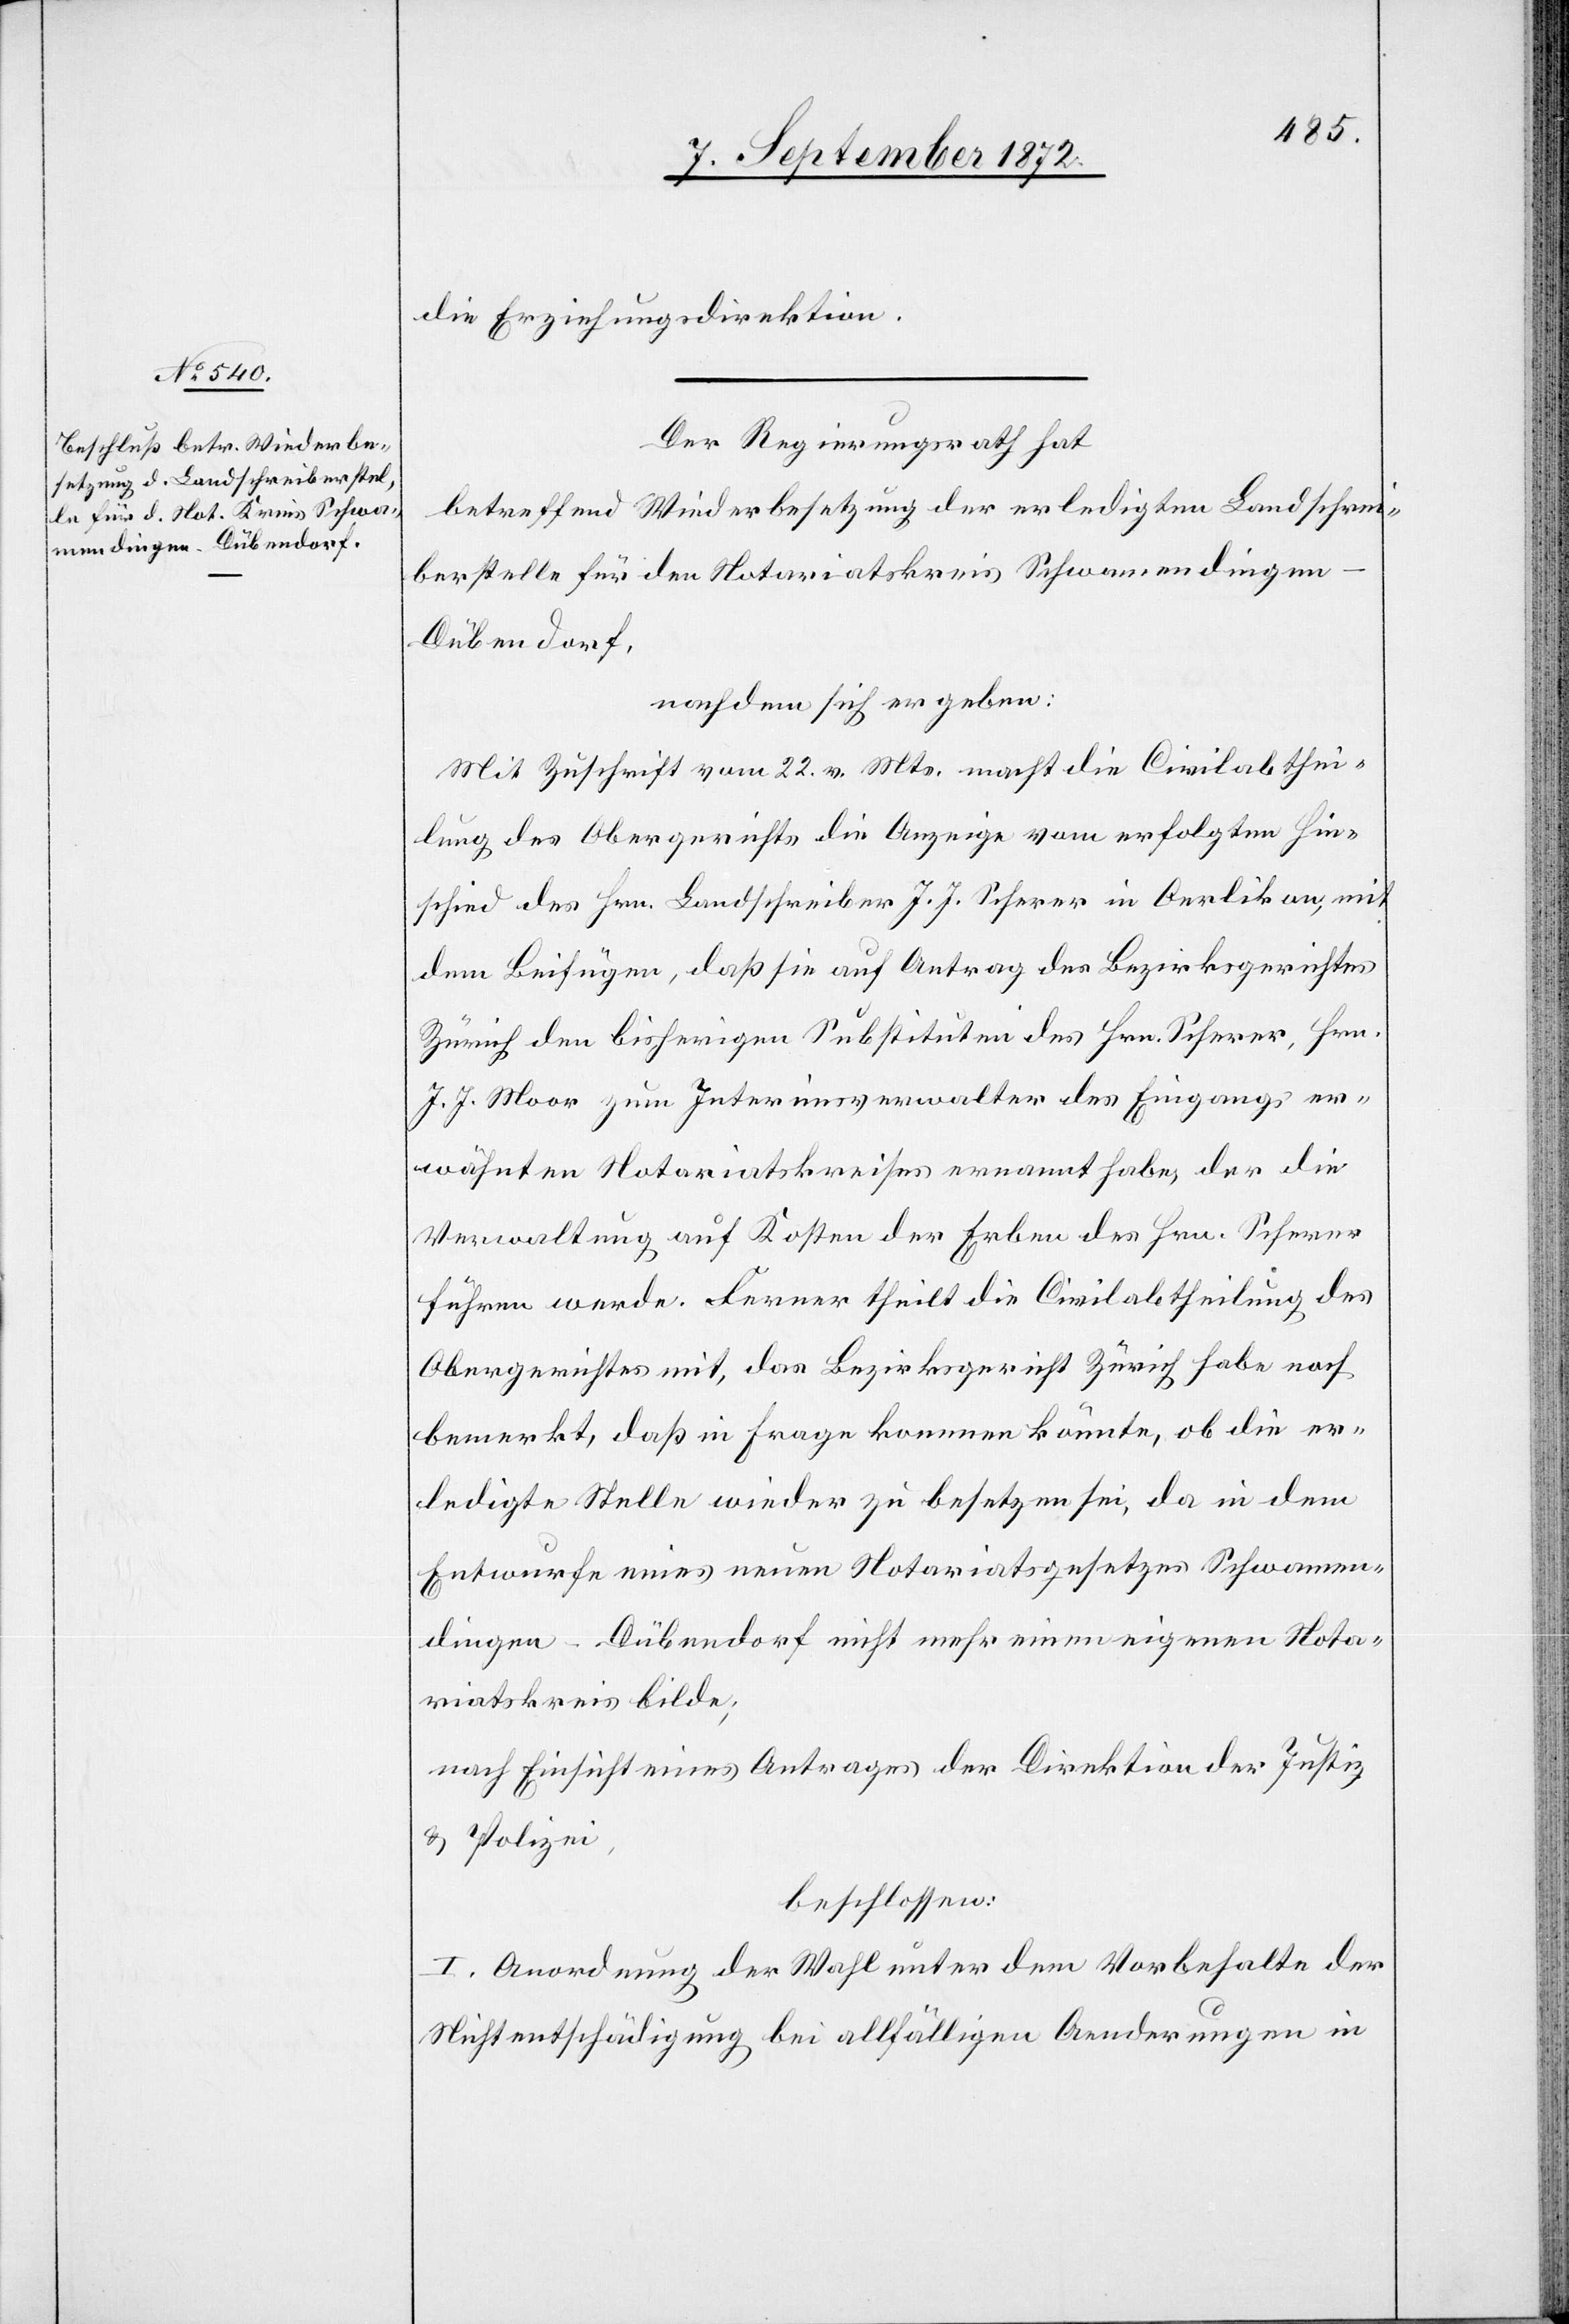
die Erziehungsdirektion.
Der Regierungsrath hat
betreffend Wiederbesetzung der erledigten Landschrei¬
berstelle für den Notariatskreis Schwamendingen-D¬
übendorf,
nachdem sich ergeben:
Mit Zuschrift vom 22. v. Mts. macht die Civilabthei¬
lung des Obergerichts die Anzeige vom erfolgten Hin¬
schied des Hrn. Landschreiber J. J. Scherer in Oerlikon, mit
dem Beifügen, daß sie auf Antrag des Bezirksgerichtes
Zürich den bisherigen Substituten des Hrn. Scherer, Hrn.
J. J. Moor zum Interimsverwalter des Eingangs er¬
wähnten Notariatskreises ernannt habe, der die
Verwaltung auf Kosten der Erben des Hrn. Scherer
führen werde. Ferner theilt die Civilabtheilung des
Obergerichtes mit, das Bezirksgericht Zürich habe noch
bemerkt, daß in Frage kommen könnte, ob die er¬
ledigte Stelle wieder zu besetzen sei, da in dem
Entwurfe eines neuen Notariatsgesetzes Schwamen¬
dingen-Dübendorf nicht mehr einen eigenen Nota¬
riatskreis bilde;
nach Einsicht eines Antrages der Direktion der Justiz
u. Polizei,
beschlossen:
I. Anordnung der Wahl unter dem Vorbehalte der
Nichtentschädigung bei allfälligen Aenderungen in